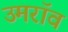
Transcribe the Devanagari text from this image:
उमरॉव